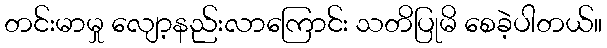
တင်းမာမှု လျော့နည်းလာကြောင်း သတိပြုမိ စေခဲ့ပါတယ်။